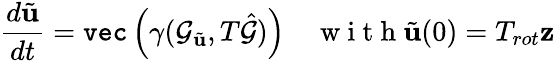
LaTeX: \frac{d\tilde{\mathbf{u}}}{dt}=\texttt{vec}\left(\gamma(\mathcal{G}_{\tilde{\mathbf{u}}},T\hat{\mathcal{G}})\right)\quad\mathrm{~w~i~t~h~}\tilde{\mathbf{u}}(0)=T_{rot}\mathbf{z}